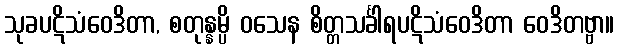
သုခပဋိသံဝေဒိတာ, စတုန္နမ္ပိ ဝသေန စိတ္တသင်္ခါရပဋိသံဝေဒိတာ ဝေဒိတဗ္ဗာ။